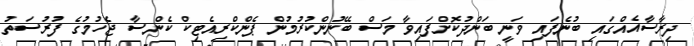
ދިރާސާއެއްގައި ބުނެފައި ވަނީ ބަންދުކޮށްފައިވާ މަސް ބޭނުންކުރުމުން ޕެންކްރިއެޓިކް ކެންސާ ޖެހުމުގެ ފުރުސަތު